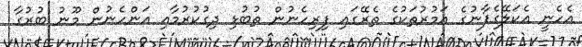
އެހެނީ އެކަލޭގެފާނުގެ އަމުރުތަކުގެ ތެރޭގައި ފިރިހެނުން ތުބުޅި ދިގުކުރުމާއި އަންހެނުން މޫނު ބުރުގާ